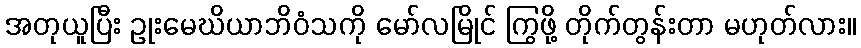
အတုယူပြီး ဥုးမေဃိယာဘိဝံသကို မော်လမြိုင် ကြွဖို့ တိုက်တွန်းတာ မဟုတ်လား။